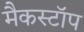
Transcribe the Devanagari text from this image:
मैकस्टॉप